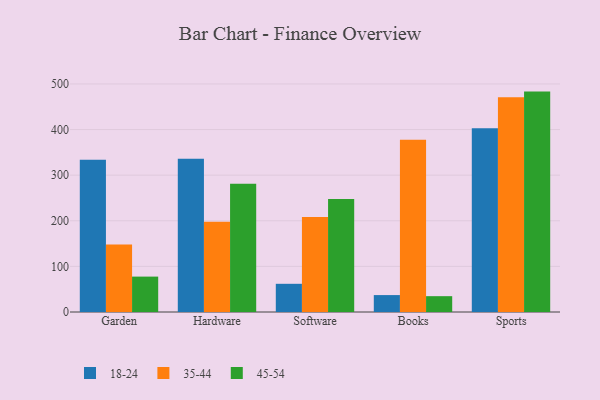
{"axis": {"x": "Category", "y": "Bounce Rate (%)"}, "legend": ["18-24", "35-44", "45-54"], "data": [{"x": "Garden", "y": 333.9, "type": "18-24"}, {"x": "Garden", "y": 148.0, "type": "35-44"}, {"x": "Garden", "y": 77.6, "type": "45-54"}, {"x": "Hardware", "y": 335.9, "type": "18-24"}, {"x": "Hardware", "y": 197.9, "type": "35-44"}, {"x": "Hardware", "y": 281.0, "type": "45-54"}, {"x": "Software", "y": 61.8, "type": "18-24"}, {"x": "Software", "y": 208.4, "type": "35-44"}, {"x": "Software", "y": 248.0, "type": "45-54"}, {"x": "Books", "y": 37.1, "type": "18-24"}, {"x": "Books", "y": 377.7, "type": "35-44"}, {"x": "Books", "y": 34.7, "type": "45-54"}, {"x": "Sports", "y": 402.9, "type": "18-24"}, {"x": "Sports", "y": 470.7, "type": "35-44"}, {"x": "Sports", "y": 483.2, "type": "45-54"}]}